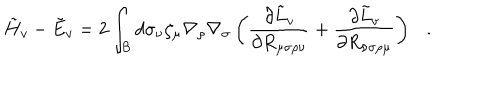
\tilde { H } _ { v } - \tilde { E } _ { v } = 2 \int _ { \cal B } d \sigma _ { \nu } \zeta _ { \mu } \nabla _ { \rho } \nabla _ { \sigma } \left( { \frac { \partial { \tilde { L } } _ { v } } { \partial R _ { \mu \sigma \rho \nu } } } + { \frac { \partial { \tilde { L } } _ { v } } { \partial R _ { \nu \sigma \rho \mu } } } \right) .